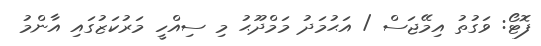
ފޮޓޯ: ވަގުތު އިމޭޖަސް / އަޙުމަދު މަމްދޫޙު މި ސިއްހީ މަރުކަޒުގައި އާންމު